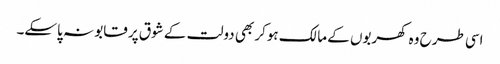
اسی طرح وہ کھربوں کے مالک ہوکر بھی دولت کے شوق پر قابو نہ پاسکے۔